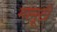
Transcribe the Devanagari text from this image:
मामूटी